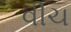
વીચ